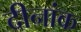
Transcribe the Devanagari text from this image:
दीनांक